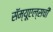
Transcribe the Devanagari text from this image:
सॅम्यूएल्सची